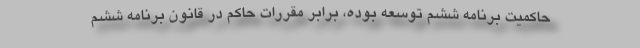
حاکمیت برنامه ششم توسعه بوده، برابر مقررات حاکم در قانون برنامه ششم